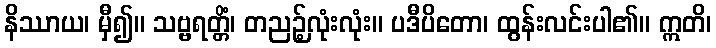
နိဿာယ၊ မှီ၍။ သဗ္ဗရတ္တိံ၊ တညဉ့်လုံးလုံး။ ပဒီပိတော၊ ထွန်းလင်းပါ၏။ ဣတိ၊